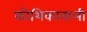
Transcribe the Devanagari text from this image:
कोशिकावाली